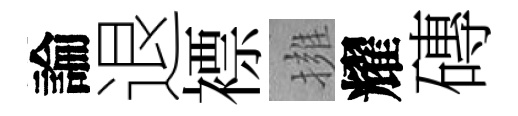
論退褾擁耀磚